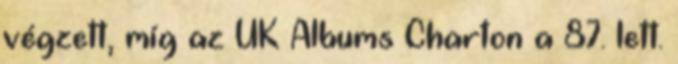
végzett, míg az UK Albums Charton a 87. lett.